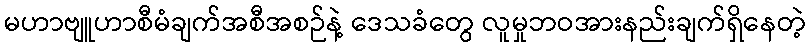
မဟာဗျူဟာစီမံချက်အစီအစဉ်နဲ့ ဒေသခံတွေ လူမှုဘဝအားနည်းချက်ရှိနေတဲ့